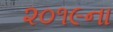
૨૦૧૯ના